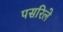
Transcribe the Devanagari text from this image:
पसरिले